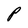
Character: P